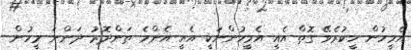
އެމީހުން ހީކުރެވޭ ގޮތް އެއީ އެމީހުންނަކީ އެއީ އެންމެ ތަންދޮރު ދަންނަ މީހުން